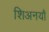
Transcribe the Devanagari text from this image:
शिअनयौ